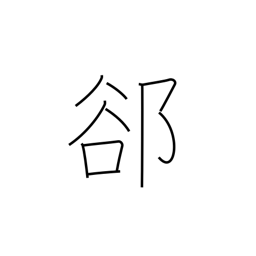
Meaning: interstice